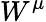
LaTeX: W^{\mu}